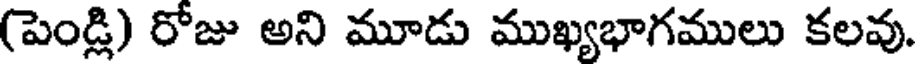
(పెండ్లి) రోజు అని మూడు ముఖ్యభాగములు కలవు.